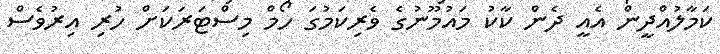
ކަމާލުއްދީން އެއީ ދެން ކާކު މައުމޫނުގެ ވެރިކަމުގަ ހޯމް މިސްޓަރަކަށް ހުރި އިރުވެސް